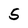
Character: 5